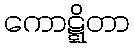
ကောဋ္ဋိတာ